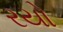
રયો